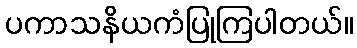
ပကာသနိယကံပြုကြပါတယ်။